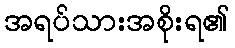
အရပ်သားအစိုးရ၏